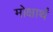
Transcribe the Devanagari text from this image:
मोक्षार्थं